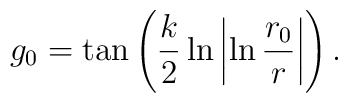
g_0 = \tan\left(\frac{k}{2}\ln\left|\ln\frac{r_0}{r}\right|\right).